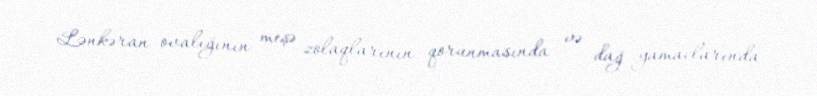
Lənkəran ovalığının meşə zolaqlarının qorunmasında və dağ yamaclarında